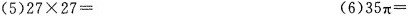
(5)$$27 \times 27=$$(6)35π=